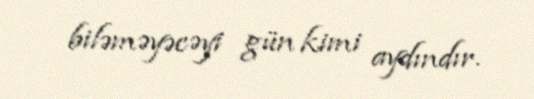
biləməyəcəyi gün kimi aydındır.